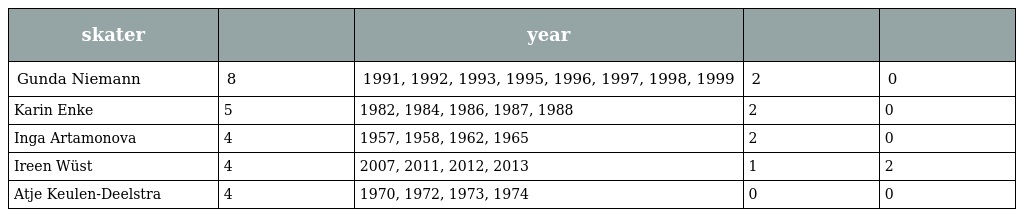
| skater |  | year |  |  |
 | --- | --- | --- | --- | --- |
 | Gunda Niemann | 8 | 1991, 1992, 1993, 1995, 1996, 1997, 1998, 1999 | 2 | 0 |
 | Karin Enke | 5 | 1982, 1984, 1986, 1987, 1988 | 2 | 0 |
 | Inga Artamonova | 4 | 1957, 1958, 1962, 1965 | 2 | 0 |
 | Ireen Wüst | 4 | 2007, 2011, 2012, 2013 | 1 | 2 |
 | Atje Keulen-Deelstra | 4 | 1970, 1972, 1973, 1974 | 0 | 0 |